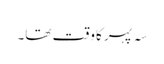
سہ پہر کا وقت تھا۔